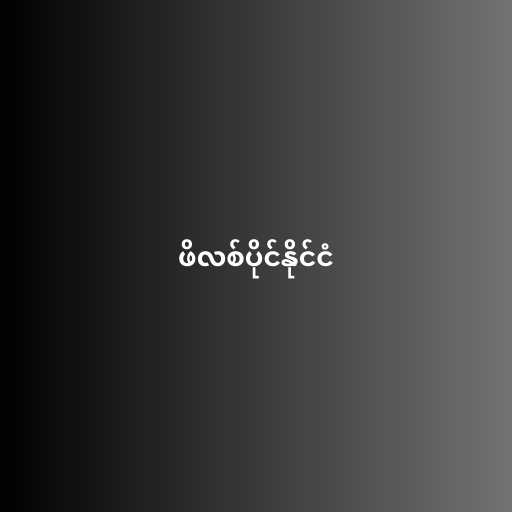
ဖိလစ်ပိုင်နိုင်ငံ